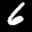
Label: 6